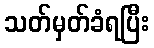
သတ်မှတ်ခံရပြီး